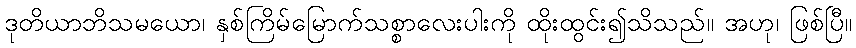
ဒုတိယာဘိသမယော၊ နှစ်ကြိမ်မြောက်သစ္စာလေးပါးကို ထိုးထွင်း၍သိသည်။ အဟု၊ ဖြစ်ပြီ။